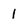
Character: 1